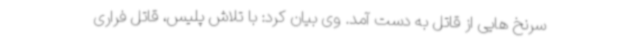
سرنخ هایی از قاتل به دست آمد. وی بیان کرد: با تلاش پلیس، قاتل فراری